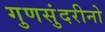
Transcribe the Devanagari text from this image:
गुणसुंदरीनो